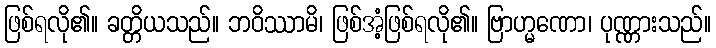
ဖြစ်ရလို၏။ ခတ္တိယသည်။ ဘဝိဿာမိ၊ ဖြစ်အံ့ဖြစ်ရလို၏။ ဗြာဟ္မဏော၊ ပုဏ္ဏားသည်။